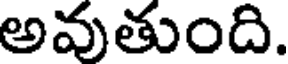
అవుతుంది.